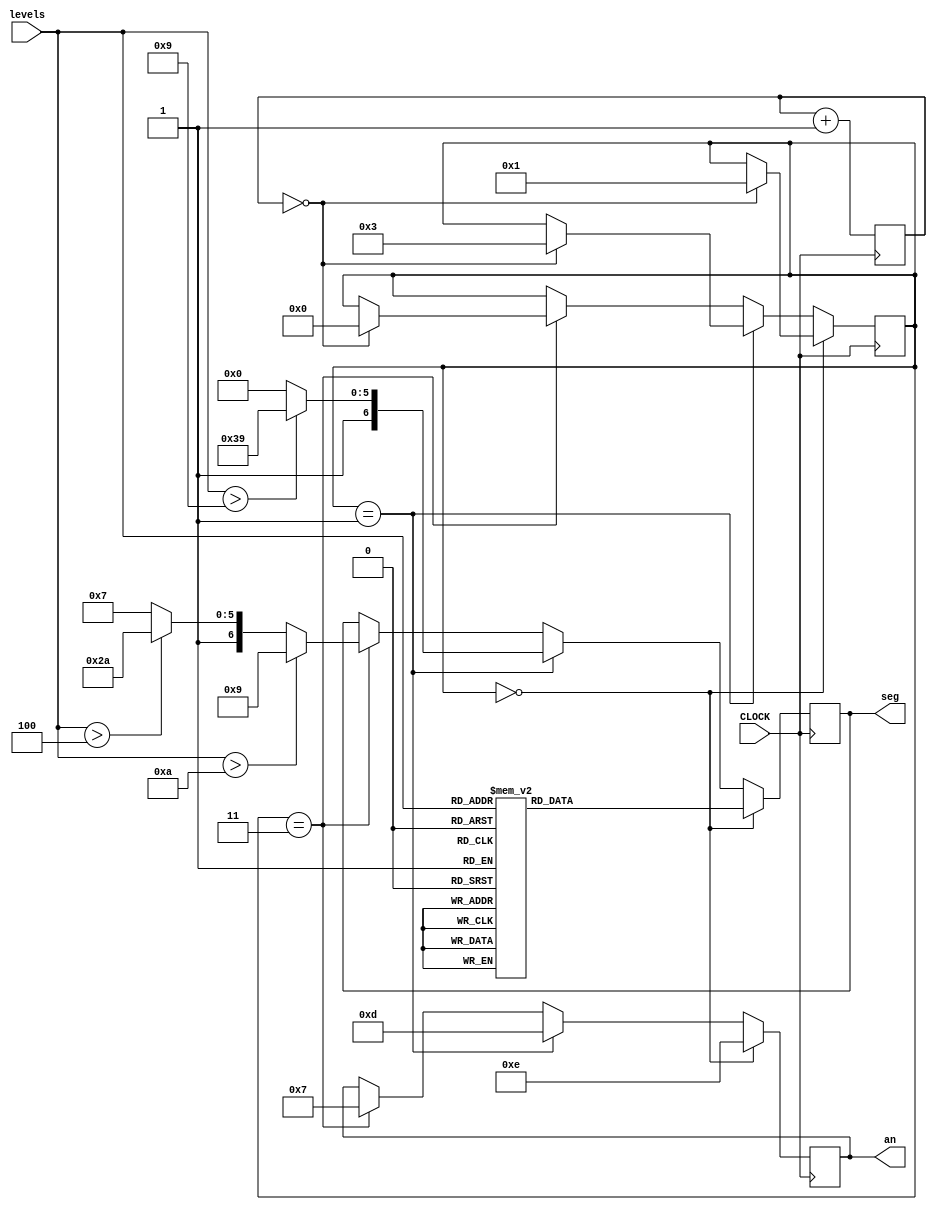
`timescale 1ns / 1ps
//////////////////////////////////////////////////////////////////////////////////
// Company: 
// Engineer: 
// 
// Design Name: 
// Module Name: volume_display_seg
// Project Name: 
// Target Devices: 
// Tool Versions: 
// Description: 
// 
// Dependencies: 
// 
// Revision:
// Revision 0.01 - File Created
// Additional Comments:
// 
//////////////////////////////////////////////////////////////////////////////////


module volume_display_seg(
    input [3:0] levels,
    input CLOCK,
    output reg [3:0] an,
    output reg [6:0] seg
    );
        
    reg [17:0] counter = 18'b0;
    reg [3:0] lights = 4'b0;
    
    always @(posedge CLOCK) begin
        counter <= counter + 1;
        
        if (lights == 4'b0) begin
            an = 4'b1110;
            case (levels)
                0: seg = 7'b100_0000;
                1: seg = 7'b111_1001;
                2: seg = 7'b010_0100;
                3: seg = 7'b011_0000;
                4: seg = 7'b001_1001;
                5: seg = 7'b001_0010;
                6: seg = 7'b000_0010;
                7: seg = 7'b111_1000;
                8: seg = 7'b000_0000;
                9: seg = 7'b001_0000;
                10: seg = 7'b100_0100;
                11: seg = 7'b111_1001;
                12: seg = 7'b010_0100;
                13: seg = 7'b011_0000;
                14: seg = 7'b001_1001;
                default: seg = 7'b001_0010;
           endcase
           if (counter == 0)
            lights <= 4'b0001;
        end
        
        else if (lights == 4'b0001) begin
            an = 4'b1101;
            if (levels > 9)
                seg = 7'b111_1001;
            else 
                seg = 7'b100_0000;
            
            if (counter == 0)
                lights <= 4'b0011;
        end
        
        else if (lights == 4'b0011) begin
            an = 4'b0111;
            if (levels > 10) //H
                seg = 7'b000_1001;
            else if (levels > 4) //M
                seg = 7'b110_1010;
            else  // L
                seg = 7'b100_0111;
            if (counter == 0)
                lights <= 4'b0000;
        end
        
    end     
                           
endmodule